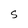
Character: S